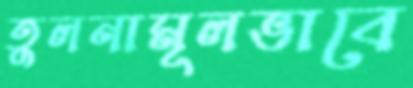
তুলনামূলভাবে